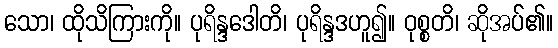
သော၊ ထိုသိကြားကို။ ပုရိန္ဒဒေါတိ၊ ပုရိန္ဒဒဟူ၍။ ဝုစ္စတိ၊ ဆိုအပ်၏။